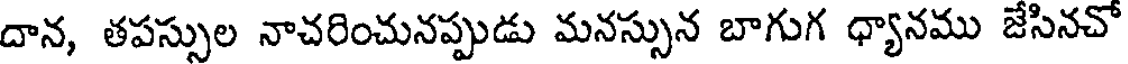
దాన, తపస్సుల నాచరించునప్పుడు మనస్సున బాగుగ ధ్యానము జేసినచో